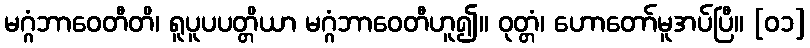
မဂ္ဂံဘာဝေတီတိ၊ ရူပူပပတ္တိယာ မဂ္ဂံဘာဝေတီဟူ၍။ ဝုတ္တံ၊ ဟောတော်မူအပ်ပြီ။ [၀၁]